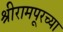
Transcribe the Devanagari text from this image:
श्रीरामपूरच्या